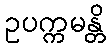
ဥပက္ကမန္တိ